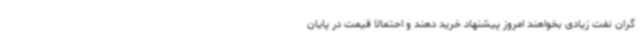
گران نفت زیادی بخواهند امروز پیشنهاد خرید دهند و احتمالا قیمت در پایان